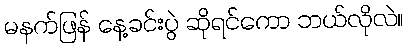
မနက်ဖြန် နေ့ခင်းပွဲ ဆိုရင်ကော ဘယ်လိုလဲ။